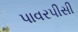
પાવરપીસી